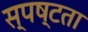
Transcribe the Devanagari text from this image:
स्‍पष्‍टता